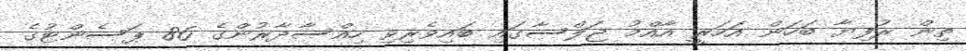
ތިން ރުފިޔާ ބަހަން އަހަރީ އާއްމު ޖަލްސާގައި ބައިވެރިވި ހިއްސާދާރުންގެ 86 ޕަސެންޓުގެ